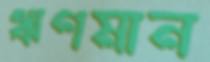
ঋণমান